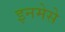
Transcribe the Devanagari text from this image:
इनमेसे